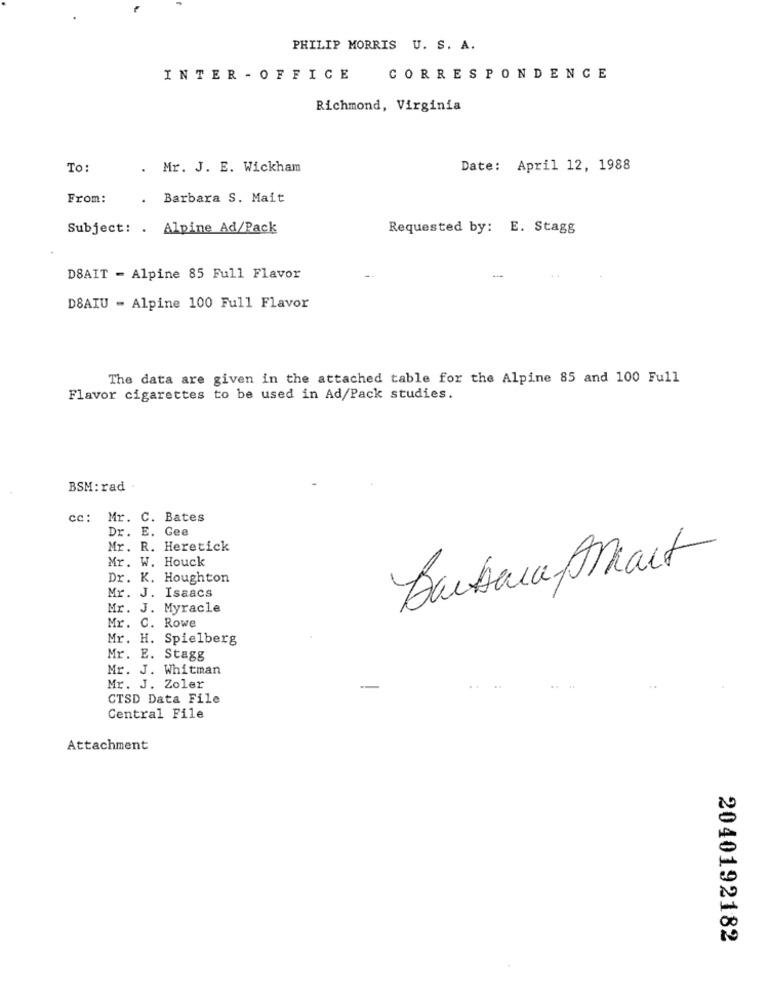
PHILIP MORRIS U. S. A.
INTER - OFFICE
CORRESPONDENCE
Richmond, Virginia
To:
. Mr. J. E. Wickham
Date: April 12, 1988
From:
. Barbara S. Mait
Subject: . Alpine Ad/Pack
Requested by: E. Stagg
DSAIT - Alpine 85 Full Flavor
DSAIU - Alpine 100 Full Flavor
The data are given in the attached table for the Alpine 85 and 100 Full
Flavor cigarettes to be used in Ad/Pack studies.
BSM: rad .
cc:
Mr. C. Bates
Dr. E. Gee
Mr. R. Heretick
Mr. W. Houck
BarbaraStart
Dr. K. Houghton
Mr. J. Isaacs
Mr. J. Myracle
Mr. C. Rowe
Mr. H. Spielberg
Mr. E. Stagg
Mr. J. Whitman
Mr. J. Zoler
...
CTSD Data File
Central File
Attachment
2040192182